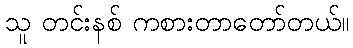
သူ တင်းနစ် ကစားတာတော်တယ်။